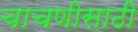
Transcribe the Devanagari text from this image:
चाचणीसाठी